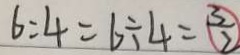
6 : 4 = 6 \div 4 = \frac { 3 } { 2 }